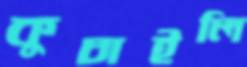
কুচাইলি